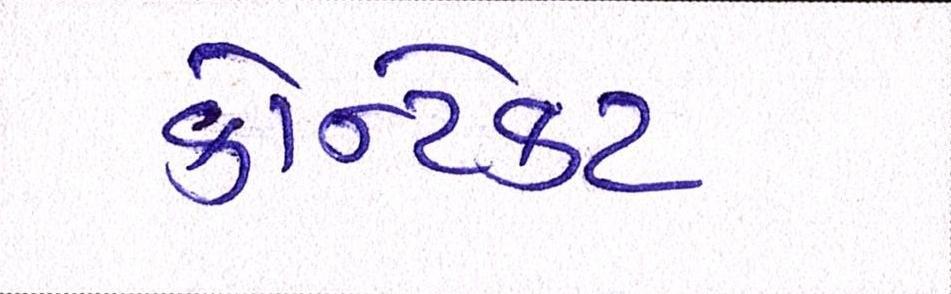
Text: કોન્ટેકટ